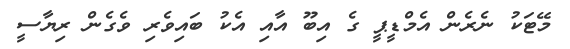
މޭޓަކު ނެރެން އެމްޑީޕީ ގެ އިބޫ އާއި އެކު ބައިވެރި ވެގެން ރިޔާސީ